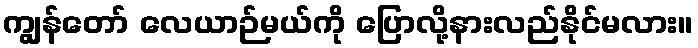
ကျွန်တော် လေယာဉ်မယ်ကို ပြောလို့နားလည်နိုင်မလား။